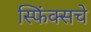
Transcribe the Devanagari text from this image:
स्फिंक्सचे